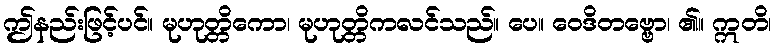
ဤနည်းဖြင့်ပင်။ မုဟုတ္တိကော၊ မုဟုတ္တိကလင်သည်။ ပေ။ ဝေဒိတဗ္ဗော၊ ၏။ ဣတိ၊